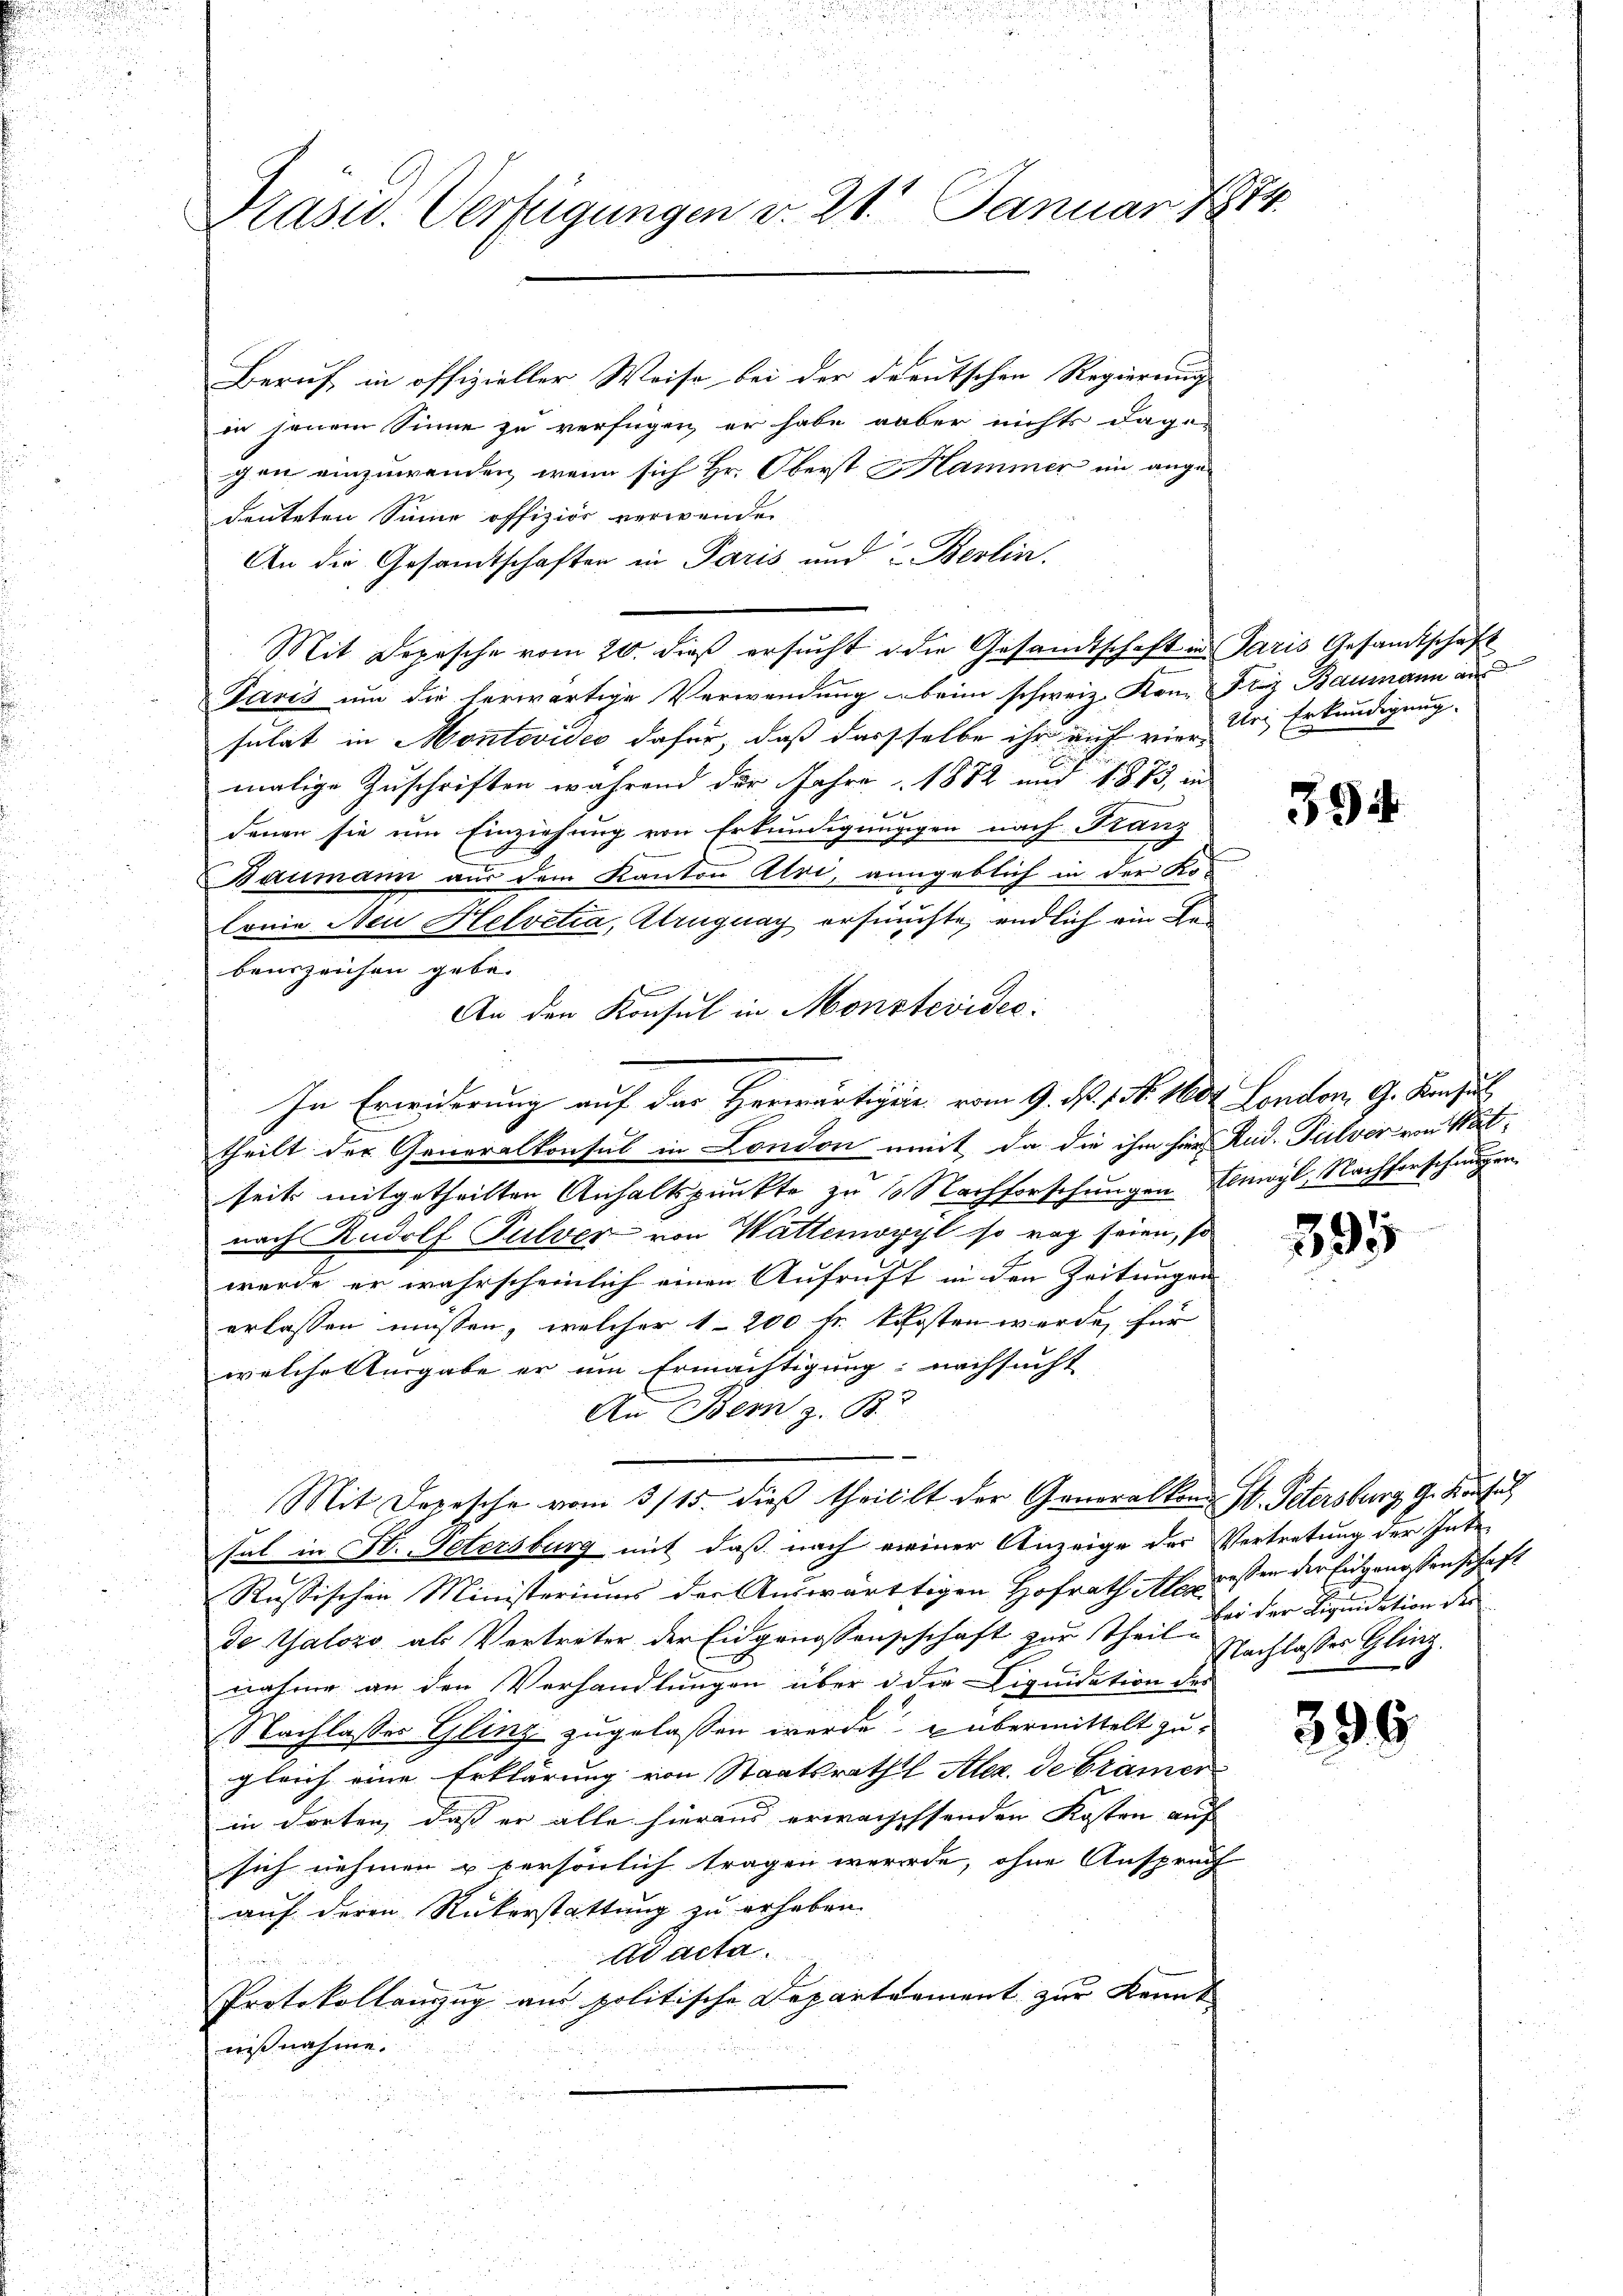
Präsid. Verfügungen v. 21. Januar 1874.

Beruf in offizieller Weise bei der deutschen Regierung
in jenem Sinne zu verfügen, er habe aber nichts dagegen einzuwenden, wenn sich Hr. Oberst Hammer in angedeuteten Sinne offizier verwenden
An die Gesandtschaften in Paris und Berlin.
Mit Depesche vom 20. dieß ersucht die Gesandtschaft in Paris Gesandtschaft
Pavis um die herwärtige Verwendung beim schweiz. Konz Friz Baumann aus
sulat in Montevides dafür, daß dassselbe ihr auf viermalige Zuschriften während der Jahre 1882 und 1875, in
t
denen sie um Einziehung von Erkundigunggen nach Franz
Baumann aus dem Kanton Alve, angeblich in der Kolonie Neu Helvetia, Kruguay ersuchte, endlich ein Rebenszeichen gebe.
An den Konsul in Montevides.
theilt der Generalkonsul in London mit, da die ihm hier Rud. Pulver von Matseits mitgetheilten Anhaltspunkte zu 10 Nachforschungen mögl, Nachforschungen
nach Rudolf Pulver von Wattenoxyl so rag seien, so
werde er wahrscheinlich einen Aufruft in den Zeitungen
erlassen müssen, welcher 1200 fr. kosten werde, für
welche Ausgabe er um Ermächtigung: nachsucht
An Bern z. B.
Mit Depesche vom 3/15. dieß theillt der Generalkon St. Petersburg, G. Kausal
hal in St. Petersburg mit daß nach meiner Anzeige der Vertretung der Inte-
Russischen Ministeriums der Auswärtigen Hofrath Aleeressen der Eidgenossenschaft
de Galozo als Vertreter der Eidgenossenschchaft zur Theil des der Liquidation der
nahme an den Verhandlungen über die Liquidation der
(Nachlasses Glinz zugelassen werde u übermittelt zu
gleich eine Erklärung von Staatsraths Alez. de Brämer
in dorten, dass er alle hieraus erweischsenden Kosten auf |
sich nehmen u persönlich tragen werde, ohne Anspruch
auf deren Rükerstattung zu erhaben.
Ad acta.
Protokollanzug aus politische Departeament zur Kennt
nißnahme.

In Erwiderung auf das Herwärtigen vom 9. N. 1. No. 1604. London. G. Konsul

Uri Erkundigung.

394

39

Nachlasses Gling.

396